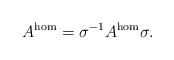
LaTeX: \begin{align*}A^{\rm hom}=\sigma^{-1}A^{\rm hom}\sigma.\end{align*}